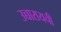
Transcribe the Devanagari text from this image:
उच्चारायची